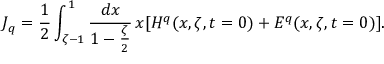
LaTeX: J _ { q } = \frac { 1 } { 2 } \int _ { \zeta - 1 } ^ { 1 } \frac { d x } { 1 - \frac { \zeta } { 2 } } \, x [ H ^ { q } ( x , \zeta , t = 0 ) + E ^ { q } ( x , \zeta , t = 0 ) ] .